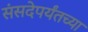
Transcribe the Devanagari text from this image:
संसदेपर्यंतच्या